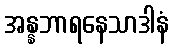
အန္နဘာရနေသာဒါနံ